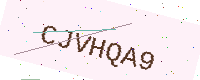
Text: CJVHQA9